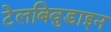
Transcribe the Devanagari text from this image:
टेलबिवुडाइन